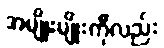
အမျိုးမျိုးကိုလည်း